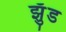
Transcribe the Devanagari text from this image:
झुँड